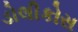
ડોલીકોસ